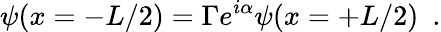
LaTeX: \psi(x=-L/2)=\Gamma e^{i\alpha}\psi(x=+L/2)\ \ .